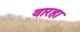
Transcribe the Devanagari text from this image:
वारहा